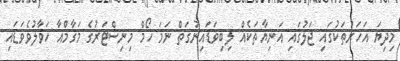
މިދިޔަ އަހަރުތަކުގައި ޖަލުގައި އަނިޔާތަކެއް ލިބިވަޑައިނުގަތް ނަމަ ހޯމް މިނިސްޓަރުގެ މަގާމްއާ ހަވާލުވެވަޑައި